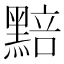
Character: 𮮚